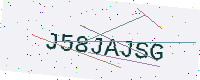
Text: J58JAJSG